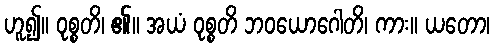
ဟူ၍။ ဝုစ္စတိ၊ ၏။ အယံ ဝုစ္စတိ ဘဝယောဂေါတိ၊ ကား။ ယတော၊